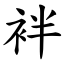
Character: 袢